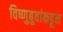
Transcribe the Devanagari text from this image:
विष्णुबुवांकडून